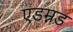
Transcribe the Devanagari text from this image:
एडम्नड